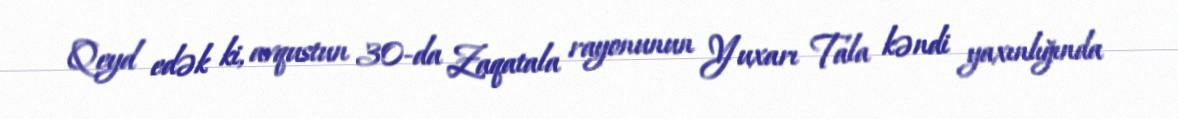
Qeyd edək ki, avqustun 30-da Zaqatala rayonunun Yuxarı Tala kəndi yaxınlığında